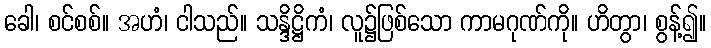
ခေါ၊ စင်စစ်။ အဟံ၊ ငါသည်။ သန္ဒိဋ္ဌိကံ၊ လူ၌ဖြစ်သော ကာမဂုဏ်ကို။ ဟိတွာ၊ စွန့်၍။